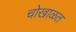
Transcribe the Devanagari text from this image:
चोखाळत